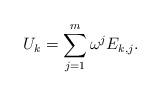
LaTeX: \begin{align*}U_k=\sum_{j=1}^m\omega^jE_{k,j}.\end{align*}